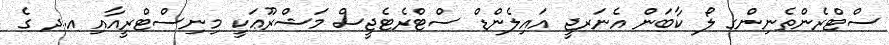
ސްޓްރެންތެނިންގ ލޯ ކާބަން އެނަރޖީ އައިލެންޑް ސްޓްރެޓެޖީސް މަޝްރޫޢަކީ މިނިސްޓްރީއާއި އ.ދ ގެ